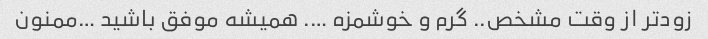
زودتر از وقت مشخص.. گرم و خوشمزه …. همیشه موفق باشید …ممنون